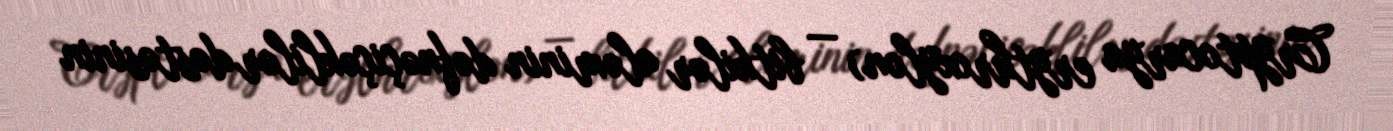
Cryptocarya erythroxylon) — bitkilər aləminin dəfnəçiçəklilər dəstəsinin